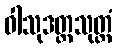
ဝါသုဒတ္တသုတ္တံ